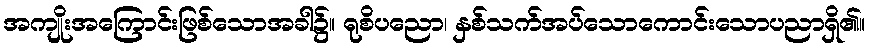
အကျိုးအကြောင်းဖြစ်သောအခါ၌။ ရုစိပညော၊ နှစ်သက်အပ်သောကောင်းသောပညာရှိ၏။